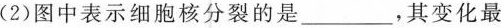
(2)图中表示细胞核分裂的是\underline，其变化最